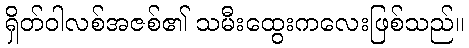
ရှိတ်ဝါလစ်အဇစ်၏ သမီးထွေးကလေးဖြစ်သည်။